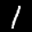
Label: 1